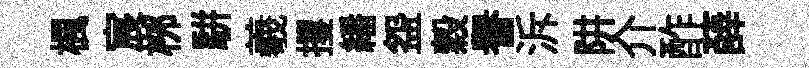
楓宸桞駢羲攫繙盌穀譽泝阱介酢薛